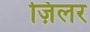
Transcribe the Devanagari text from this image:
ज़िलर